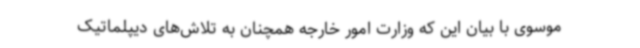
موسوی با بیان این که وزارت امور خارجه همچنان به تلاش‌های دیپلماتیک